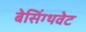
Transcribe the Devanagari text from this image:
बेसिंग्थवेट